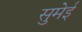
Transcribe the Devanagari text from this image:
सुमेई